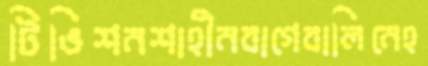
টিভিশনশাহীনবাগেবালিনেহ